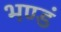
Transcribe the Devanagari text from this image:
भण्डं